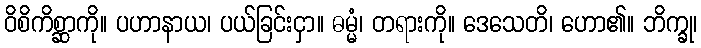
ဝိစိကိစ္ဆာကို။ ပဟာနာယ၊ ပယ်ခြင်းငှာ။ ဓမ္မံ၊ တရားကို။ ဒေသေတိ၊ ဟော၏။ ဘိက္ခု၊